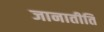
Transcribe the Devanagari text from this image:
जानातीति